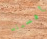
أفسدته